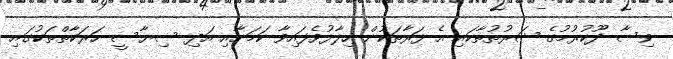
ވިސާ ދޫކުރުމުގެ ޝަރުތުތާކައި އެ ފަރާތަކުން ހިލާފުވެފައިވާ ކަމަށާއި އަދި ސިޔާސީ ހަރަކާތްތަކުގައި